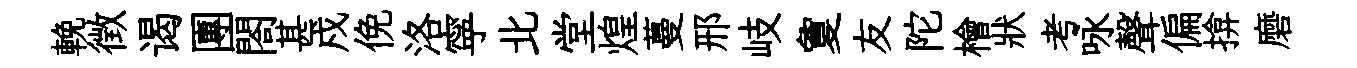
輓徴谒團閤甚戍俛洛寜北堂煌蔓邢岐夐友陀檜狀考咏聲偏揜磨